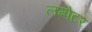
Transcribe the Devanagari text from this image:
लम्पेटर